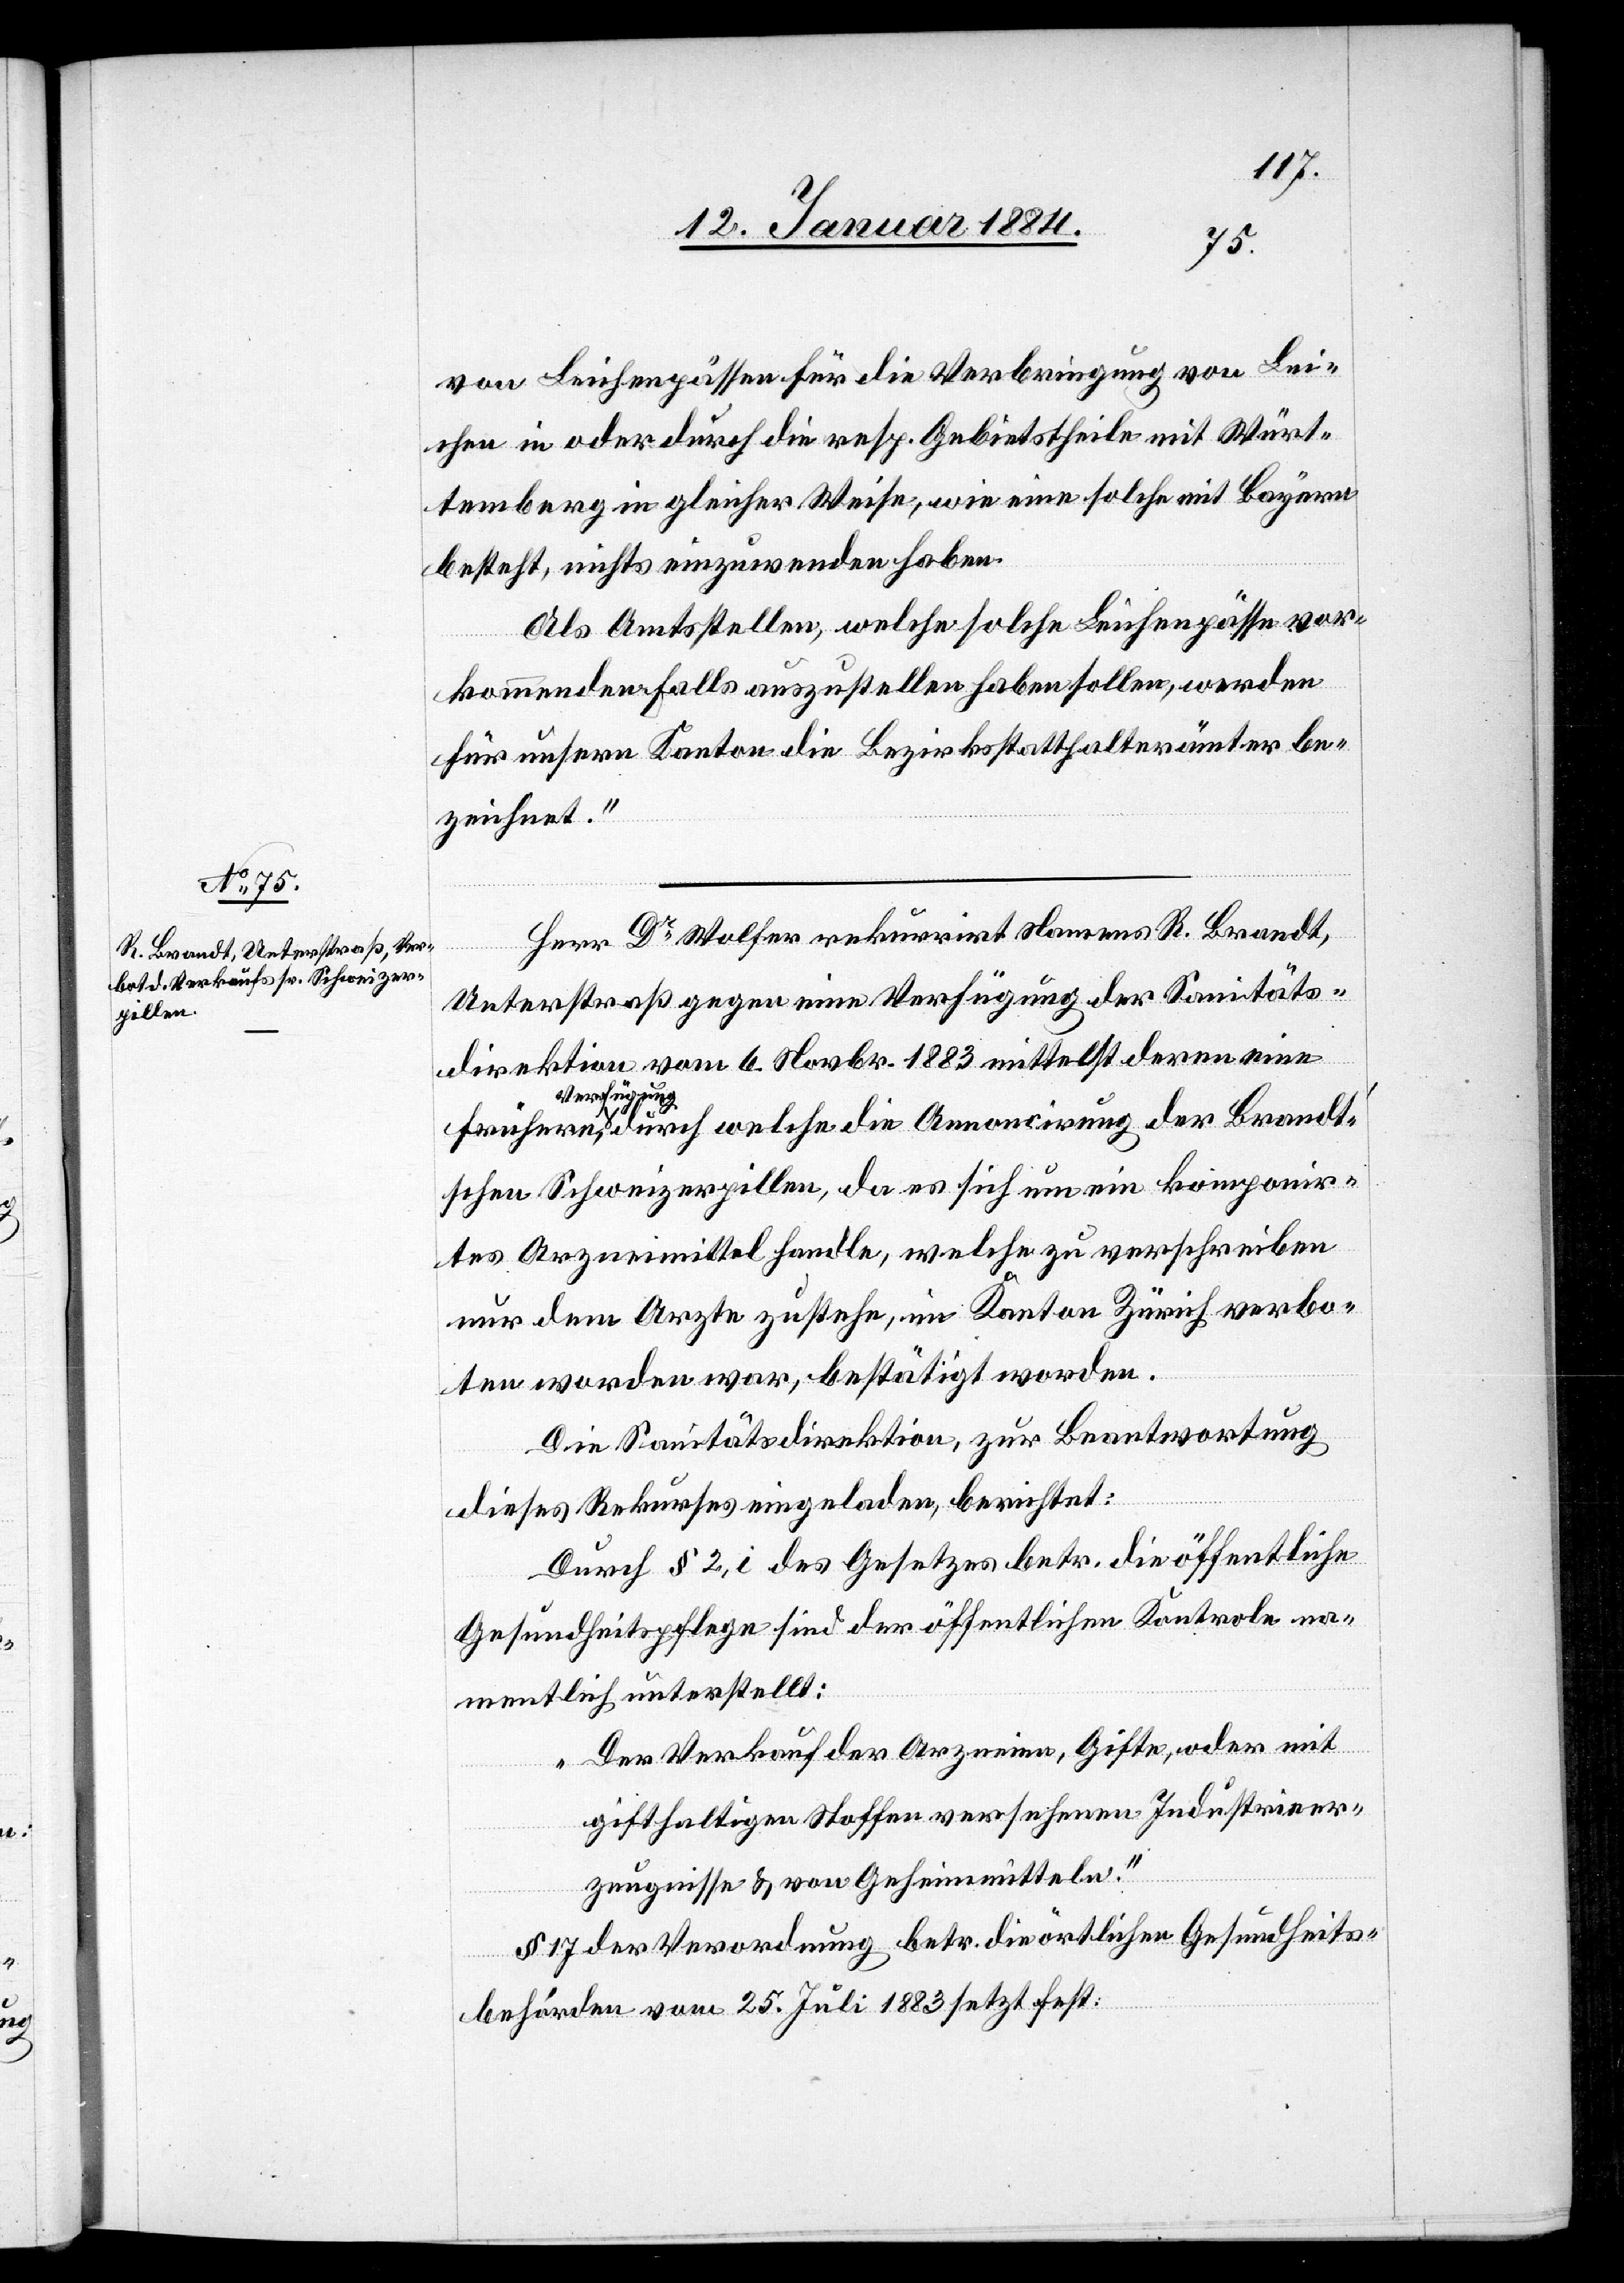
von Leichenpässen für die Verbringung von Lei¬
chen in oder durch die resp. Gebietstheile mit Würt¬
temberg in gleicher Weise, wie eine solche mit Bayern
besteht, nichts einzuwenden haben.
Als Amtsstellen, welche solche Leichenpässe vor¬
kommenden Falls auszustellen haben sollen, werden
für unseren Kanton die Bezirksstatthalterämter be¬
zeichnet.“
Herr Dr Wolfer rekurrirt Namens R. Brandt,
Unterstraß gegen eine Verfügung der Sanitäts¬
direktion vom 6. Novbr. 1883 mittelst deren eine
Verfügung
der Brand¬
t’schen Schweizerpillen, da es sich um ein komponir¬
tes Arzneimittel handle, welche zu verschreiben
nur dem Arzte zustehe, im Kanton Zürich verbo¬
ten worden war, bestätigt worden.
Die Sanitätsdirektion, zur Beantwortung
dieses Rekurses eingeladen, berichtet:
Durch § 2, i des Gesetzes betr. die öffentliche
Gesundheitspflege sind der öffentlichen Kontrole na¬
mentlich unterstellt:
„Der Verkauf der Arzneien, Gifte, oder mit
gifthaltigen Stoffen versehene Industrieer¬
zeugnisse & von Geheimmitteln.“
§ 17 der Verordnung betr. die örtlichen Gesundheits¬
behörden vom 25. Juli 1883 setzt fest: